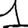
Digit: 1